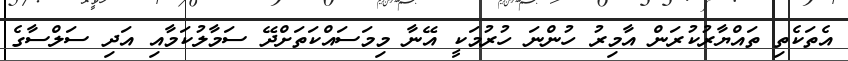
އެތަކެތި ތައްޔާރުކުރަން އާމިރު ހުންނަ ހުރުމަކީ އޭނާ މިމަސައްކަތަށްދޭ ސަމާލުކަމާއި އަދި ސަލްސާގެ